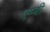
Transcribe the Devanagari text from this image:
एम्बी